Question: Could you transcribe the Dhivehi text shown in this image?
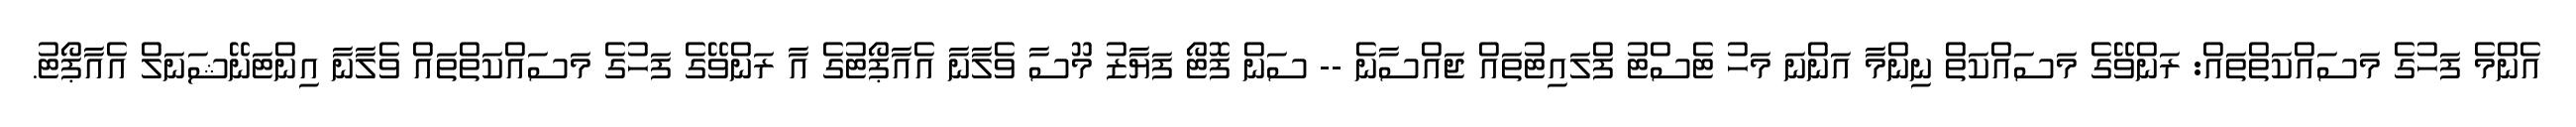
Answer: އެންމެ ފަހުގެ މަސައްކަތްތައް: ރަންވޭގެ މަސައްކަތް ނިންމާ އަންނަ މަހު ޓެސްޓު ފްލައިޓުތައް ޖައްސާނެ -- ސަން ފޮޓޯ ފަޔާޒު މޫސާ ވެލާނާ އެއާޕޯޓުގެ އާ ރަންވޭގެ ފަހުގެ މަސައްކަތްތައް ވެލާނާ އިންޓަނޭޝަނަލް އެއާޕޯޓު.